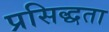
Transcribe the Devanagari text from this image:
प्रसिद्धता